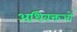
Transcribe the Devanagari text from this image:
अधिवक्तओं